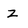
Character: z